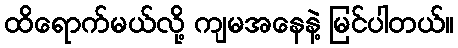
ထိရောက်မယ်လို့ ကျမအနေနဲ့ မြင်ပါတယ်။